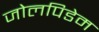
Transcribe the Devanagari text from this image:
जोलपिडेम